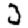
Digit: 3